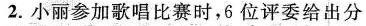
2.小丽参加歌唱比赛时，6位评委给出分